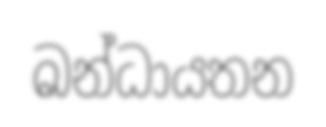
ඛන්ධායතන